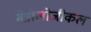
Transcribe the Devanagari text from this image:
मेत्रोलोजीकल